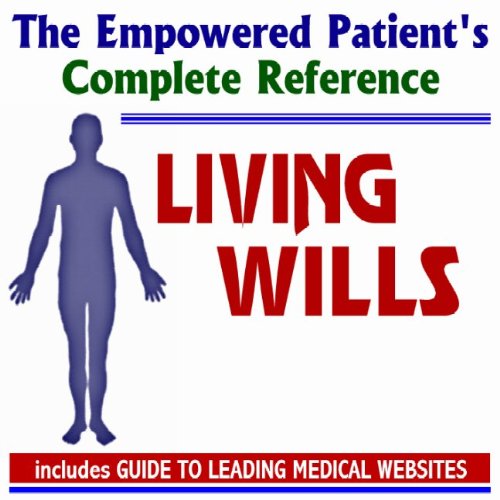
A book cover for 2010 Empowered Patient's Complete Reference to Living Wills and Advanced Directives (Two CD-ROM Set); PM Medical Health News; Law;